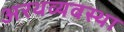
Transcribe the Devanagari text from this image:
अरथव्यवस्था